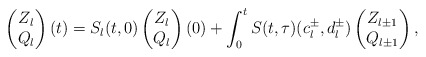
\begin{align*} \begin{pmatrix} Z_{l}\\ Q_{l} \end{pmatrix}(t) = S_{l}(t,0) \begin{pmatrix} Z_{l} \\ Q_{l} \end{pmatrix}(0) + \int_{0}^t S(t,\tau) (c_{l}^{\pm}, d_{l}^{\pm}) \begin{pmatrix} Z_{l\pm 1}\\Q_{l\pm 1} \end{pmatrix}, \end{align*}